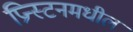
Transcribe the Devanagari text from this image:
प्रिन्स्टनमधील